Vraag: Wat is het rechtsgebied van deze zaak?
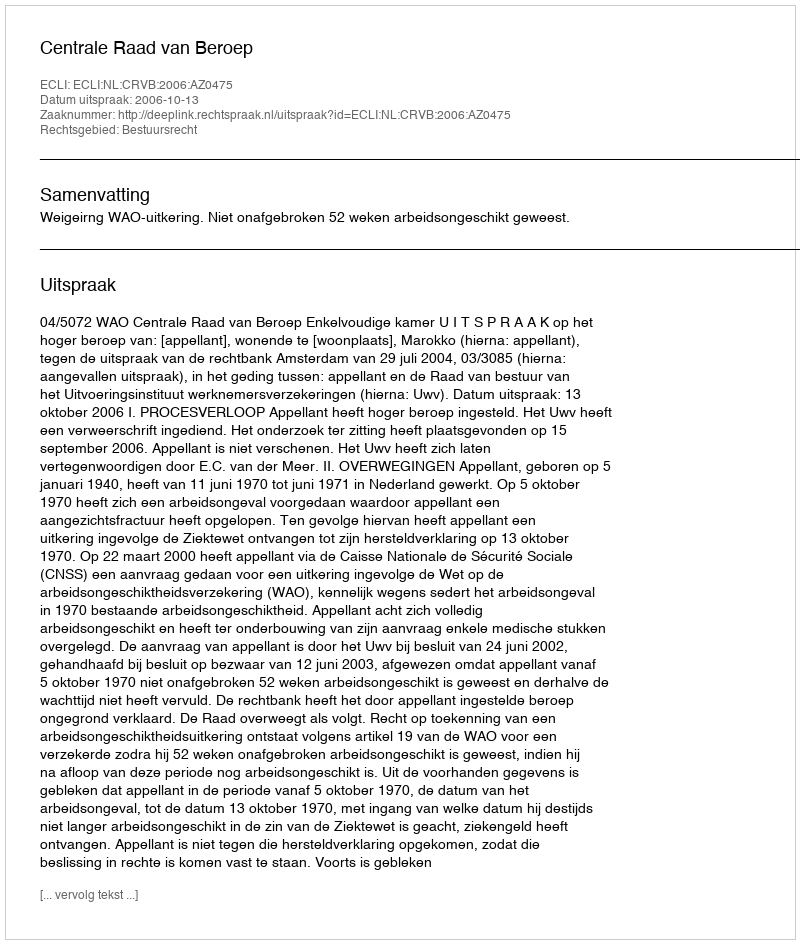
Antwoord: Bestuursrecht